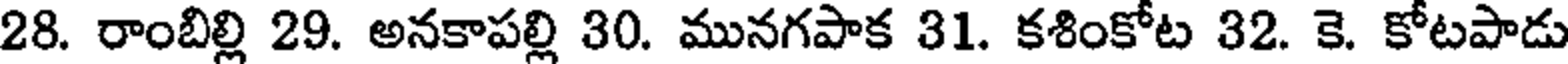
28. రాంబిల్లి 29. అనకాపల్లి 30. మునగపాక 31. కశింకోట 32. కె. కోటపాడు